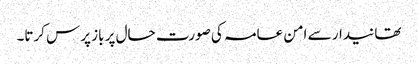
تھانیدار سے امن عامہ کی صورت حال پر باز پرس کرتا۔